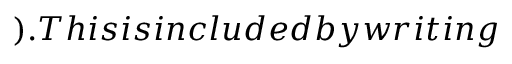
) . T h i s i s i n c l u d e d b y w r i t i n g